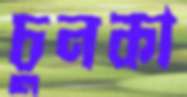
চুনকা